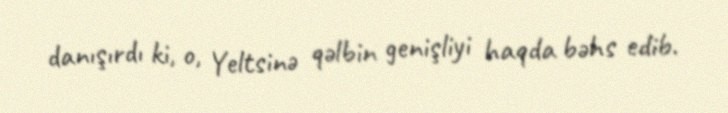
danışırdı ki, o, Yeltsinə qəlbin genişliyi haqda bəhs edib.